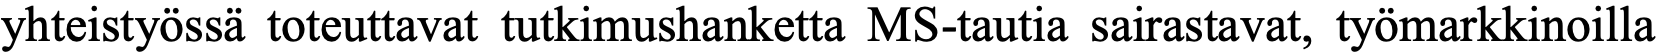
yhteistyössä toteuttavat tutkimushanketta MS-tautia sairastavat, työmarkkinoilla